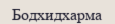
Бодхидхарма